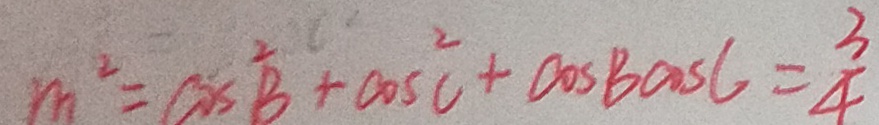
m ^ { 2 } = \cos ^ { 2 } B + \cos ^ { 2 } C + \cos B \cos C = \frac { 3 } { 4 }